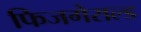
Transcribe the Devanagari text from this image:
फिजगेराल्ड